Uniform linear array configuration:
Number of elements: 32
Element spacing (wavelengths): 1
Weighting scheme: blackman
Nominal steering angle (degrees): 15
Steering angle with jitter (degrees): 15.793
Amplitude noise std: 0.05
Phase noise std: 0.05

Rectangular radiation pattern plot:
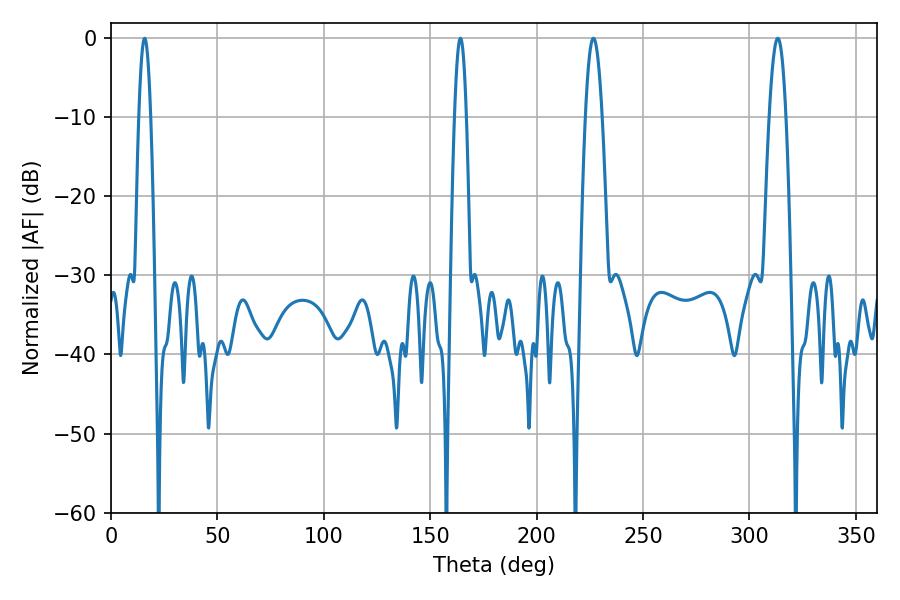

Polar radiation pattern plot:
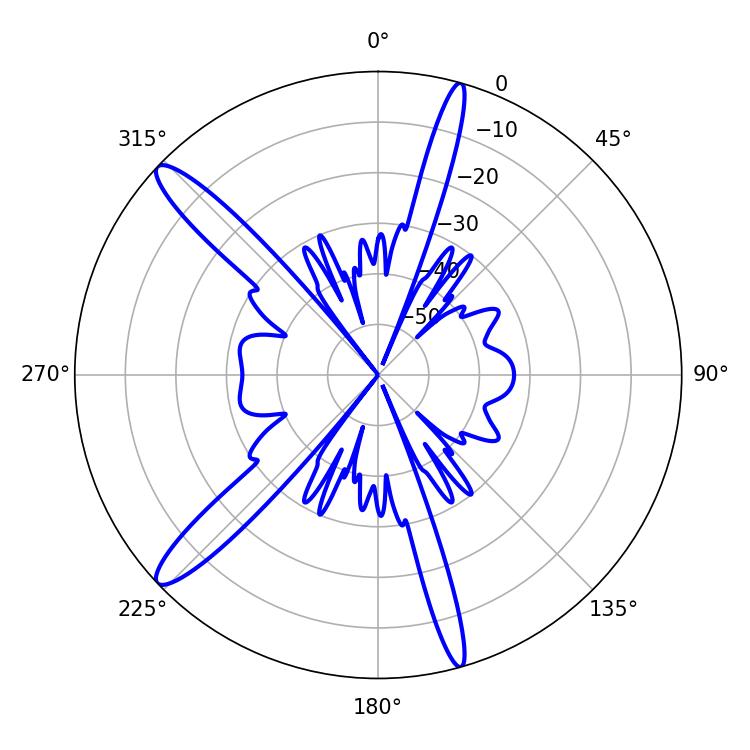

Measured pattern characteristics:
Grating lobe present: TRUE
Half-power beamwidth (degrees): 2.88
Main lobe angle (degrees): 164.16